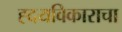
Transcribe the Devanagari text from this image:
ह्दयविकाराचा